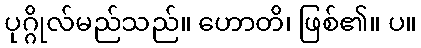
ပုဂ္ဂိုလ်မည်သည်။ ဟောတိ၊ ဖြစ်၏။ ပ။